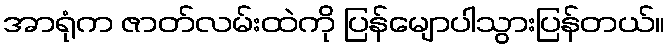
အာရုံက ဇာတ်လမ်းထဲကို ပြန်မျောပါသွားပြန်တယ်။